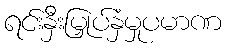
ရင်းနှီးမြှုပ်နှံမှုပမာဏ